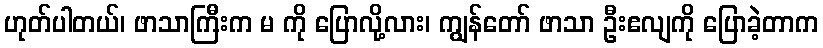
ဟုတ်ပါတယ်၊ ဖာသာကြီးက မ ကို ပြောလို့လား၊ ကျွန်တော် ဖာသာ ဦးဧလျကို ပြောခဲ့တာက